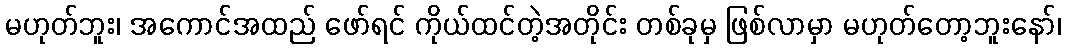
မဟုတ်ဘူး၊ အကောင်အထည် ဖော်ရင် ကိုယ်ထင်တဲ့အတိုင်း တစ်ခုမှ ဖြစ်လာမှာ မဟုတ်တော့ဘူးနော်၊